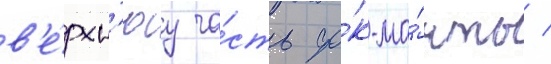
в'е́рхн'юу ча́сть фо́к-ма́чты /